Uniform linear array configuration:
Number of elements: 16
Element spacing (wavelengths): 0.75
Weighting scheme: exponential
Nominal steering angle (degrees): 45
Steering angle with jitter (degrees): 46.003
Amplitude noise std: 0.05
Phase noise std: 0.05

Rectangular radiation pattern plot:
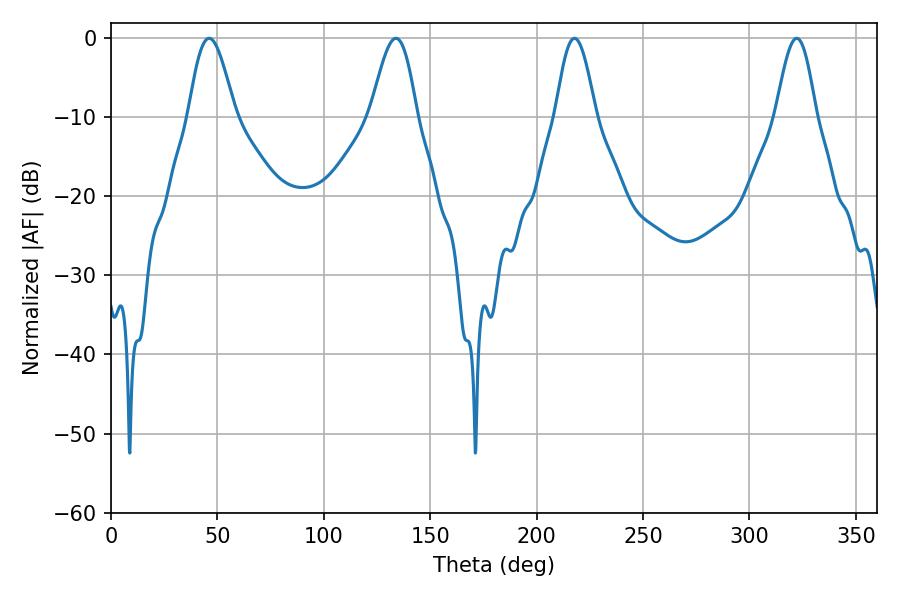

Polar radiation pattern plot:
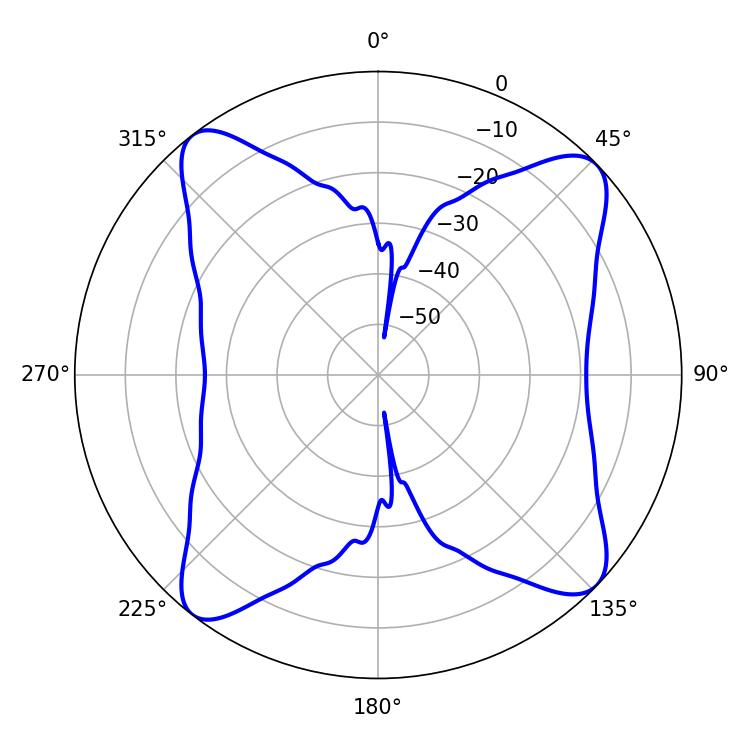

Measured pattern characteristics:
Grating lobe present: TRUE
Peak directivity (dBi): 12.998
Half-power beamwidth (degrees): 10.08
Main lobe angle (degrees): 217.8